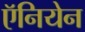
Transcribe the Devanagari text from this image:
ऍनियेन